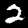
Digit: 2